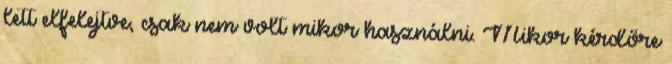
lett elfelejtve, csak nem volt mikor használni. Mikor kérdőre